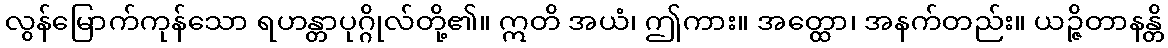
လွန်မြောက်ကုန်သော ရဟန္တာပုဂ္ဂိုလ်တို့၏။ ဣတိ အယံ၊ ဤကား။ အတ္ထော၊ အနက်တည်း။ ယဉ္ဇိတာနန္တိ